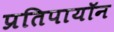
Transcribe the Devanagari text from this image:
प्रतिपायॉन